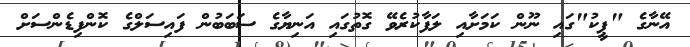
އޭނާގެ "ޕީކު"ގައި ނޫން ކަމަށާއި ލަފާކުރެވޭ ގޮތުގައި އަނިޔާގެ ސަބަބުން ފައިސަލްގެ ކޮންފިޑެންސަށް